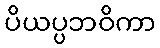
ပိယပ္ပဘဝိကာ